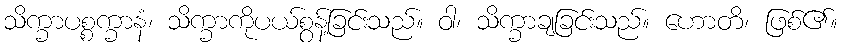
သိက္ခာပစ္စက္ခာနံ၊ သိက္ခာကိုပယ်စွန့်ခြင်းသည်။ ဝါ၊ သိက္ခာချခြင်းသည်။ ဟောတိ၊ ဖြစ်၏။